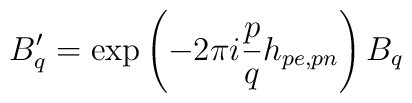
B_{q}^{\prime}=\mbox{exp}\left(-2\pi i\frac{p}{q}h_{pe,pn}\right)B_{q}